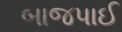
બાજપાઈ